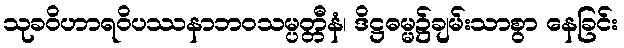
သုခဝိဟာရဝိပဿနာဘဝသမ္ပတ္တီနံ၊ ဒိဋ္ဌဓမ္မ၌ချမ်းသာစွာ နေခြင်း